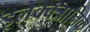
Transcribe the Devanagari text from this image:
इलेक्क्त्रानिक